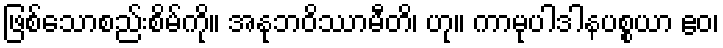
ဖြစ်သောစည်းစိမ်ကို။ အနုဘဝိဿာမီတိ၊ ဟု။ ကာမုပါဒါနပစ္စယာ ဧဝ၊